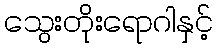
သွေးတိုးရောဂါနှင့်